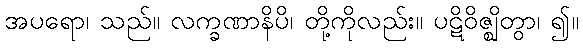
အပရော၊ သည်။ လက္ခဏာနိပိ၊ တို့ကိုလည်း။ ပဋိဝိဇ္ဈိတွာ၊ ၍။